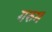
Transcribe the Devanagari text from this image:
गरुम